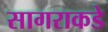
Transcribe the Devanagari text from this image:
सागराकडे